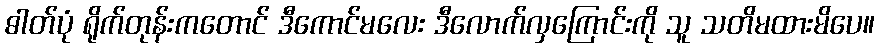
ဓါတ်ပုံ ရိုက်တုန်းကတောင် ဒီကောင်မလေး ဒီလောက်လှကြောင်းကို သူ သတိမထားမိပေ။